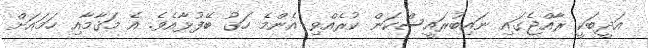
އަދީބަކީ ރާއްޖެގައި ނައިބުރައީސްކަން ކުރެއްވި އެންމެ ހަގު ބޭފުޅާއެވެ. އެ މަޤާމާއި ހަމައަށް